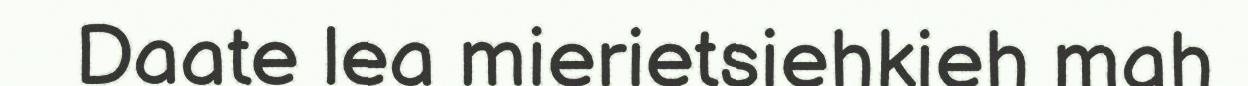
Daate lea mierietsiehkieh mah